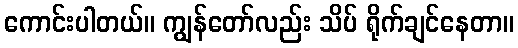
ကောင်းပါတယ်။ ကျွန်တော်လည်း သိပ် ရိုက်ချင်နေတာ။